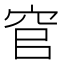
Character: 𮃻